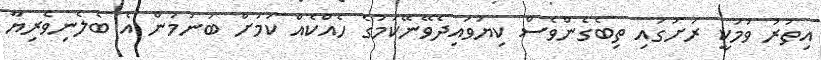
އިތުރު ވުމަކީ ރަށުގައި ތިބެގެންވެސް ކިޔަވައިދެވޭނޭކަމުގެ ހެއްކެއް ކަމަށް ބުނަމުން އެ ބެލެނިވެރިޔާ